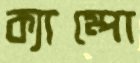
ক্যাম্পো